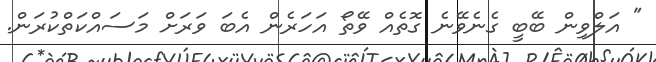
" އަލްވިން ބޭބީ ގެނެވޭނެ ގޮތެއް ވޭތޯ އަހަރެން އެބަ ވަރަށް މަސައްކަތްކުރަން.